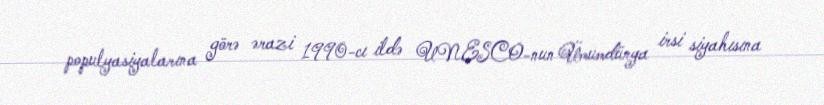
populyasiyalarına görə ərazi 1990-cı ildə UNESCO-nun Ümumdünya irsi siyahısına